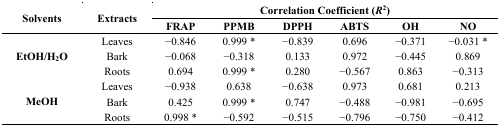
| <ROWSPAN=2> Solvents | <ROWSPAN=2> Extracts | <COLSPAN=6> Correlation Coefficient (R2) |
 | FRAP | PPMB | DPPH | ABTS | OH | NO |
 | --- | --- | --- | --- | --- | --- | --- | --- |
 | <ROWSPAN=3> EtOH/H2O | Leaves | −0.846 | 0.999 * | −0.839 | 0.696 | −0.371 | −0.031 * |
 | Bark | −0.068 | −0.318 | 0.133 | 0.972 | −0.445 | 0.869 |
 | Roots | 0.694 | 0.999 * | 0.280 | −0.567 | 0.863 | −0.313 |
 | <ROWSPAN=3> MeOH | Leaves | −0.938 | 0.638 | −0.638 | 0.973 | 0.681 | 0.213 |
 | Bark | 0.425 | 0.999 * | 0.747 | −0.488 | −0.981 | −0.695 |
 | Roots | 0.998 * | −0.592 | −0.515 | −0.796 | −0.750 | −0.412 |